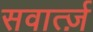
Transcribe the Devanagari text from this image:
सवार्त्ज़